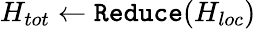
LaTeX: H_{tot}\leftarrow\texttt{Reduce}(H_{loc})